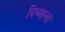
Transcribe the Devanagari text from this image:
दिव्याला